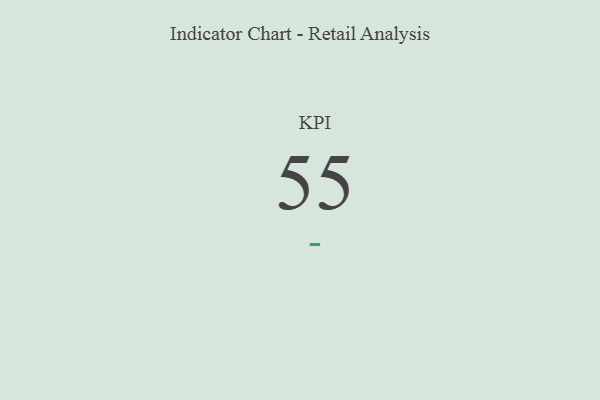
{"axis": {"x": "KPI", "y": "Value"}, "legend": [""], "data": [{"x": "KPI", "y": 55, "type": ""}]}